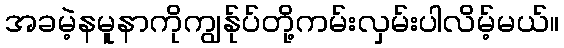
အခမဲ့နမူနာကိုကျွန်ုပ်တို့ကမ်းလှမ်းပါလိမ့်မယ်။